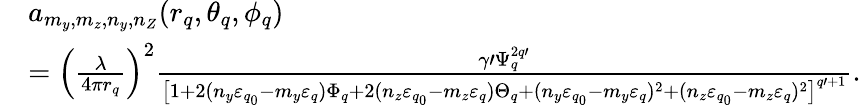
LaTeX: \begin{array}{rl}&{a_{m_{y},m_{z},n_{y},n_{Z}}(r_{q},\theta_{q},\phi_{q})}\\ &{=\left(\frac{\lambda}{4\pi r_{q}}\right)^{2}\frac{\gamma\prime\Psi_{q}^{2q\prime}}{\left[1+2(n_{y}\varepsilon_{q_{0}}-m_{y}\varepsilon_{q})\Phi_{q}+2(n_{z}\varepsilon_{q_{0}}-m_{z}\varepsilon_{q})\Theta_{q}+(n_{y}\varepsilon_{q_{0}}-m_{y}\varepsilon_{q})^{2}+(n_{z}\varepsilon_{q_{0}}-m_{z}\varepsilon_{q})^{2}\right]^{q\prime+1}}.}\end{array}